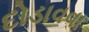
દોડાવવા